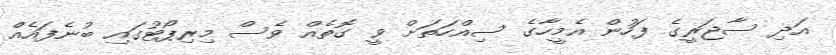
އަދި ސާޖަރީގެ ފަހުން އެމީހާގެ ސިއްހަތަށް ވީ ގޮތެއް ވެސް މިރިޕޯޓުގައި ބުނެފައެއް